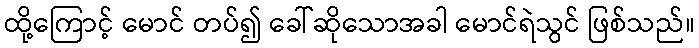
ထို့ကြောင့် မောင် တပ်၍ ခေါ်ဆိုသောအခါ မောင်ရဲသွင် ဖြစ်သည်။